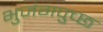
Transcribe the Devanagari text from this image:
भुजंगपुच्छ